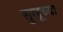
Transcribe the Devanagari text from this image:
सुलूच्या